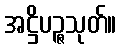
အဋ္ဌိပဉ္ဇသုတ်။